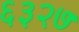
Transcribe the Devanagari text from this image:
६३२७